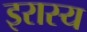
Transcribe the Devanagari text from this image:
इरास्य